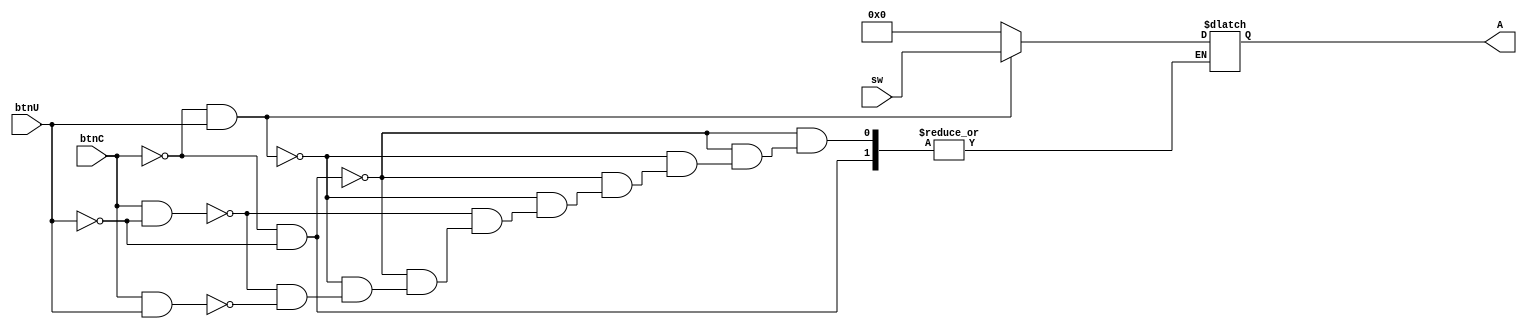
module RegA(
    input [3:0] sw,
    input btnC,
    input btnU,
    output [3:0] A
    );
    
    reg [3:0] Z;
    
    assign A = Z;
 
 always @(btnC or btnU)
    begin
        if(btnC == 0 && btnU == 0)
        begin
        Z = Z;
        end
        
        else if(btnC == 0 && btnU == 1)
        begin
        Z = sw;
        end
        
        else if(btnC == 1 && btnU == 0)
        begin
        Z = 4'b0000;
        end 
        
        else if(btnC == 1 && btnU == 1)
        begin
        Z = 4'b0000;
        end
    end 
endmodule